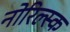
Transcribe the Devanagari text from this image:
नोरिल्स्क